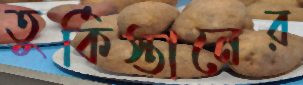
তুর্কিস্তানের